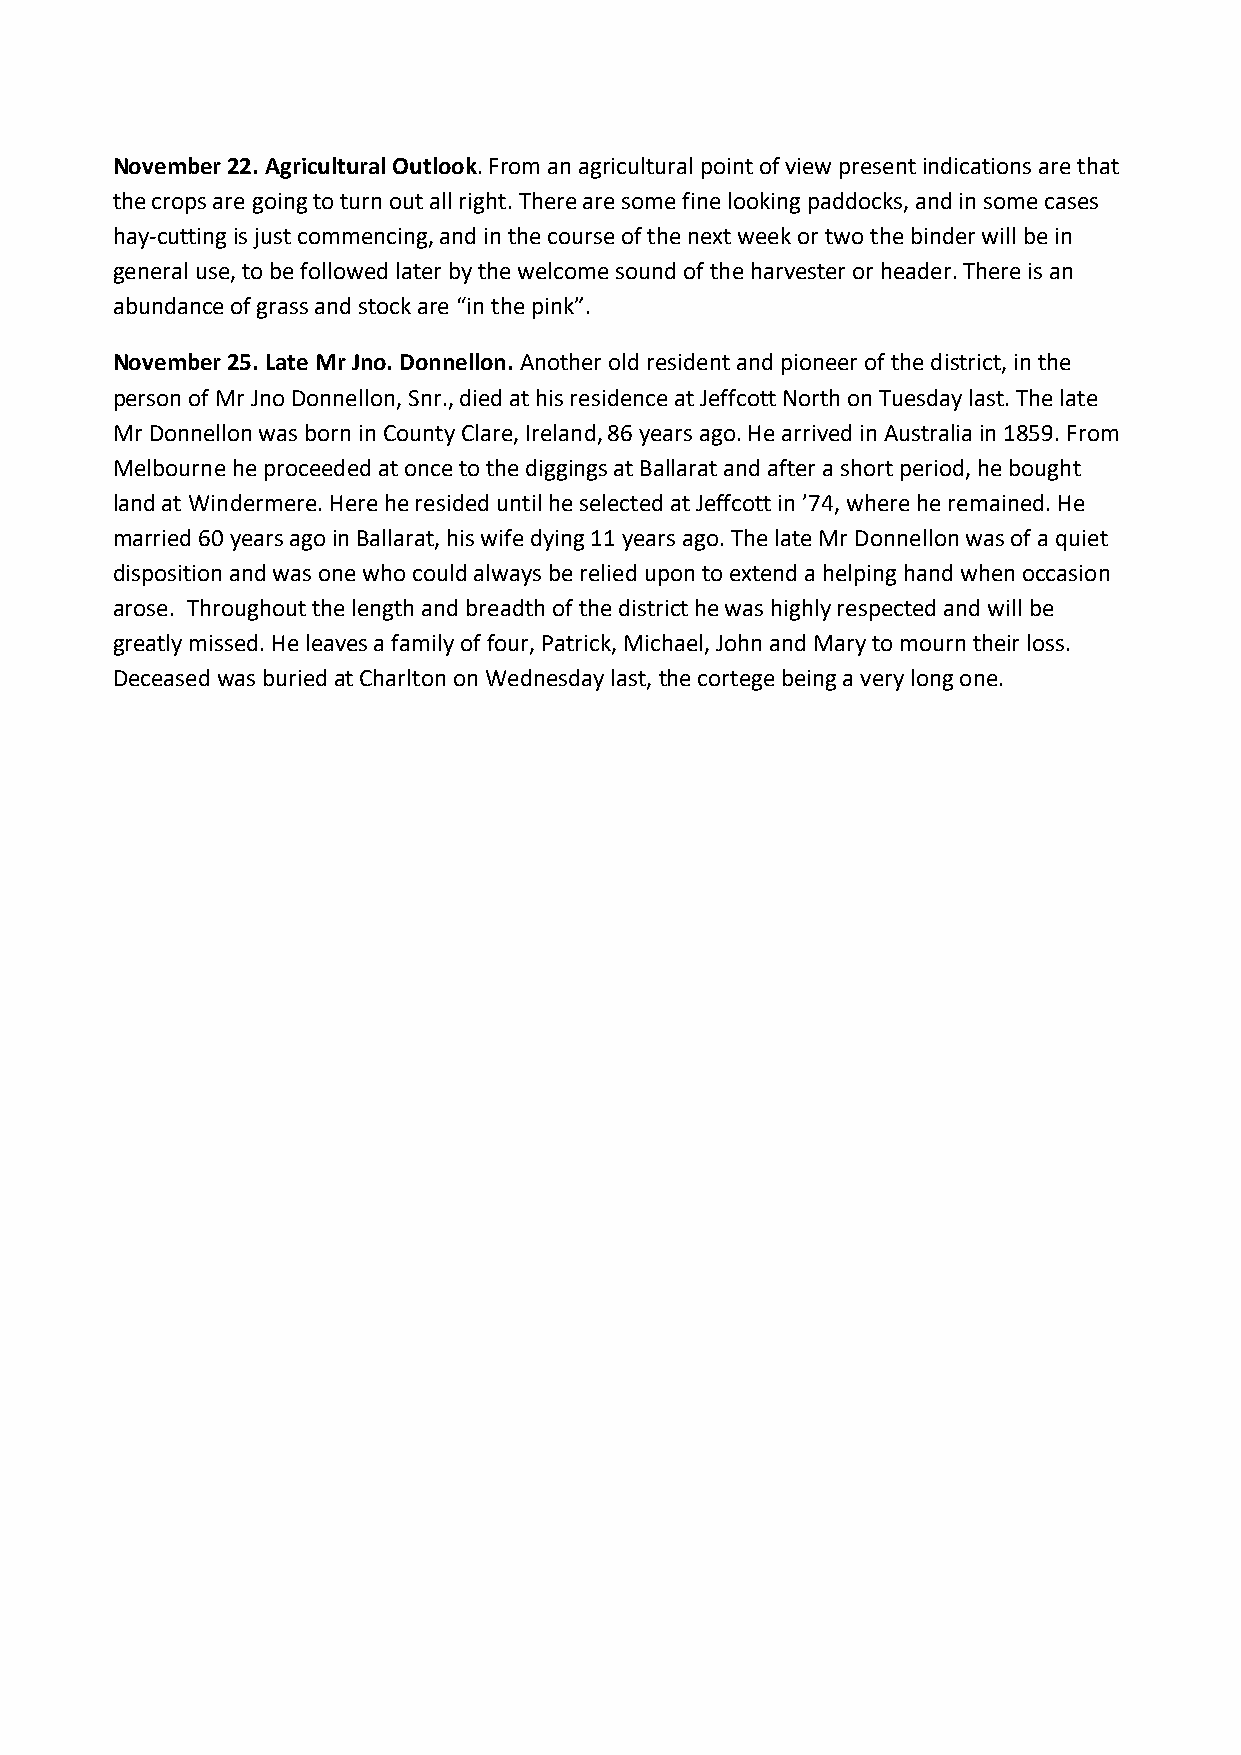
November 22. Agricultural Outlook. From an agricultural point of view present indications are that
 the crops are going to turn out all right. There are some fine looking paddocks, and in some cases
 hay-cutting is just commencing, and in the course of the next week or two the binder will be in
 general use, to be followed later by the welcome sound of the harvester or header. There is an
 abundance of grass and stock are “in the pink”.
 November 25. Late Mr Jno. Donnellon. Another old resident and pioneer of the district, in the
 person of Mr Jno Donnellon, Snr., died at his residence at Jeffcott North on Tuesday last. The late
 Mr Donnellon was born in County Clare, Ireland, 86 years ago. He arrived in Australia in 1859. From
 Melbourne he proceeded at once to the diggings at Ballarat and after a short period, he bought
 land at Windermere. Here he resided until he selected at Jeffcott in ’74, where he remained. He
 married 60 years ago in Ballarat, his wife dying 11 years ago. The late Mr Donnellon was of a quiet
 disposition and was one who could always be relied upon to extend a helping hand when occasion
 arose. Throughout the length and breadth of the district he was highly respected and will be
 greatly missed. He leaves a family of four, Patrick, Michael, John and Mary to mourn their loss.
 Deceased was buried at Charlton on Wednesday last, the cortege being a very long one.